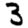
Digit: 3